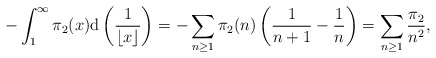
\begin{align*} -\int_1^\infty \pi_2(x) \mathrm{d}\left( \frac{1}{\lfloor x \rfloor} \right) = -\sum_{n \geq 1} \pi_2(n) \left( \frac{1}{n+1} - \frac{1}{n} \right) = \sum_{n \geq 1} \frac{\pi_2}{n^2}, \end{align*}